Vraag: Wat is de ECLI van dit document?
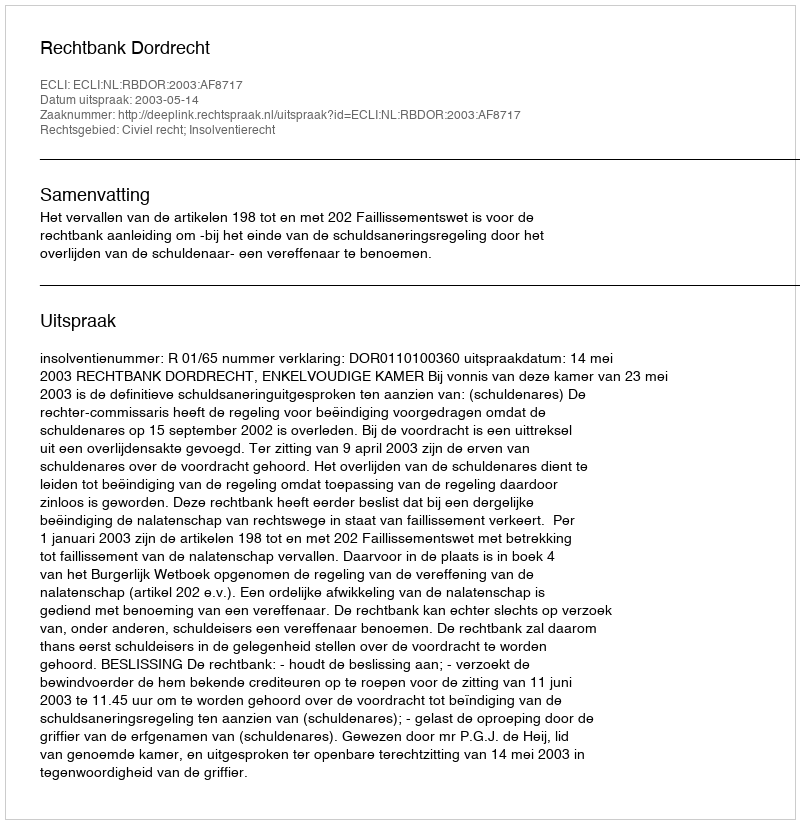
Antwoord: ECLI:NL:RBDOR:2003:AF8717